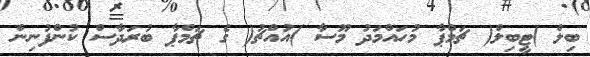
ބިލް )ޓީބިލް( ޗަމްޕާ މުހައްމަދު މޫސާ )އުއްޗު( ގެ ޗަމްޕާ ބުރަދާސް ކުންފުނިން